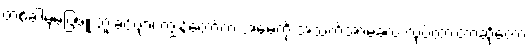
တစ်ခါမှမပြဖူးဘူးခင်ဗျာ၊ ကျွန်တော်က အမေ့ကို အသက်အာမခံလဲ လုပ်ထားတာဆိုတော့